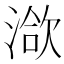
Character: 𣹱